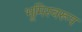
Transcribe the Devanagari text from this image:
भूमिस्वरूप